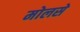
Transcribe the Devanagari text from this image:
मोलसे